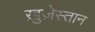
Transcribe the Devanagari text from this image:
ख़ुज़ेस्तान